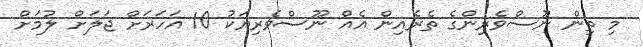
މި ތިން ނޫސްވެރިންގެ ތެރެއިން އެއް ނޫސްވެރިޔަކު 10 އަހަރަށް ޖަލަށް ލުމަށް